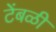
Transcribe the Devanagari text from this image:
टेंबळी